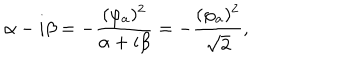
LaTeX: \alpha - i \beta = - { \frac { ( \varphi _ { a } ) ^ { 2 } } { \alpha + i \beta } } = - { \frac { ( \varphi _ { a } ) ^ { 2 } } { \sqrt { 2 } } } ,